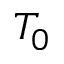
T _ { 0 }